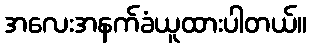
အလေးအနက်ခံယူထားပါတယ်။